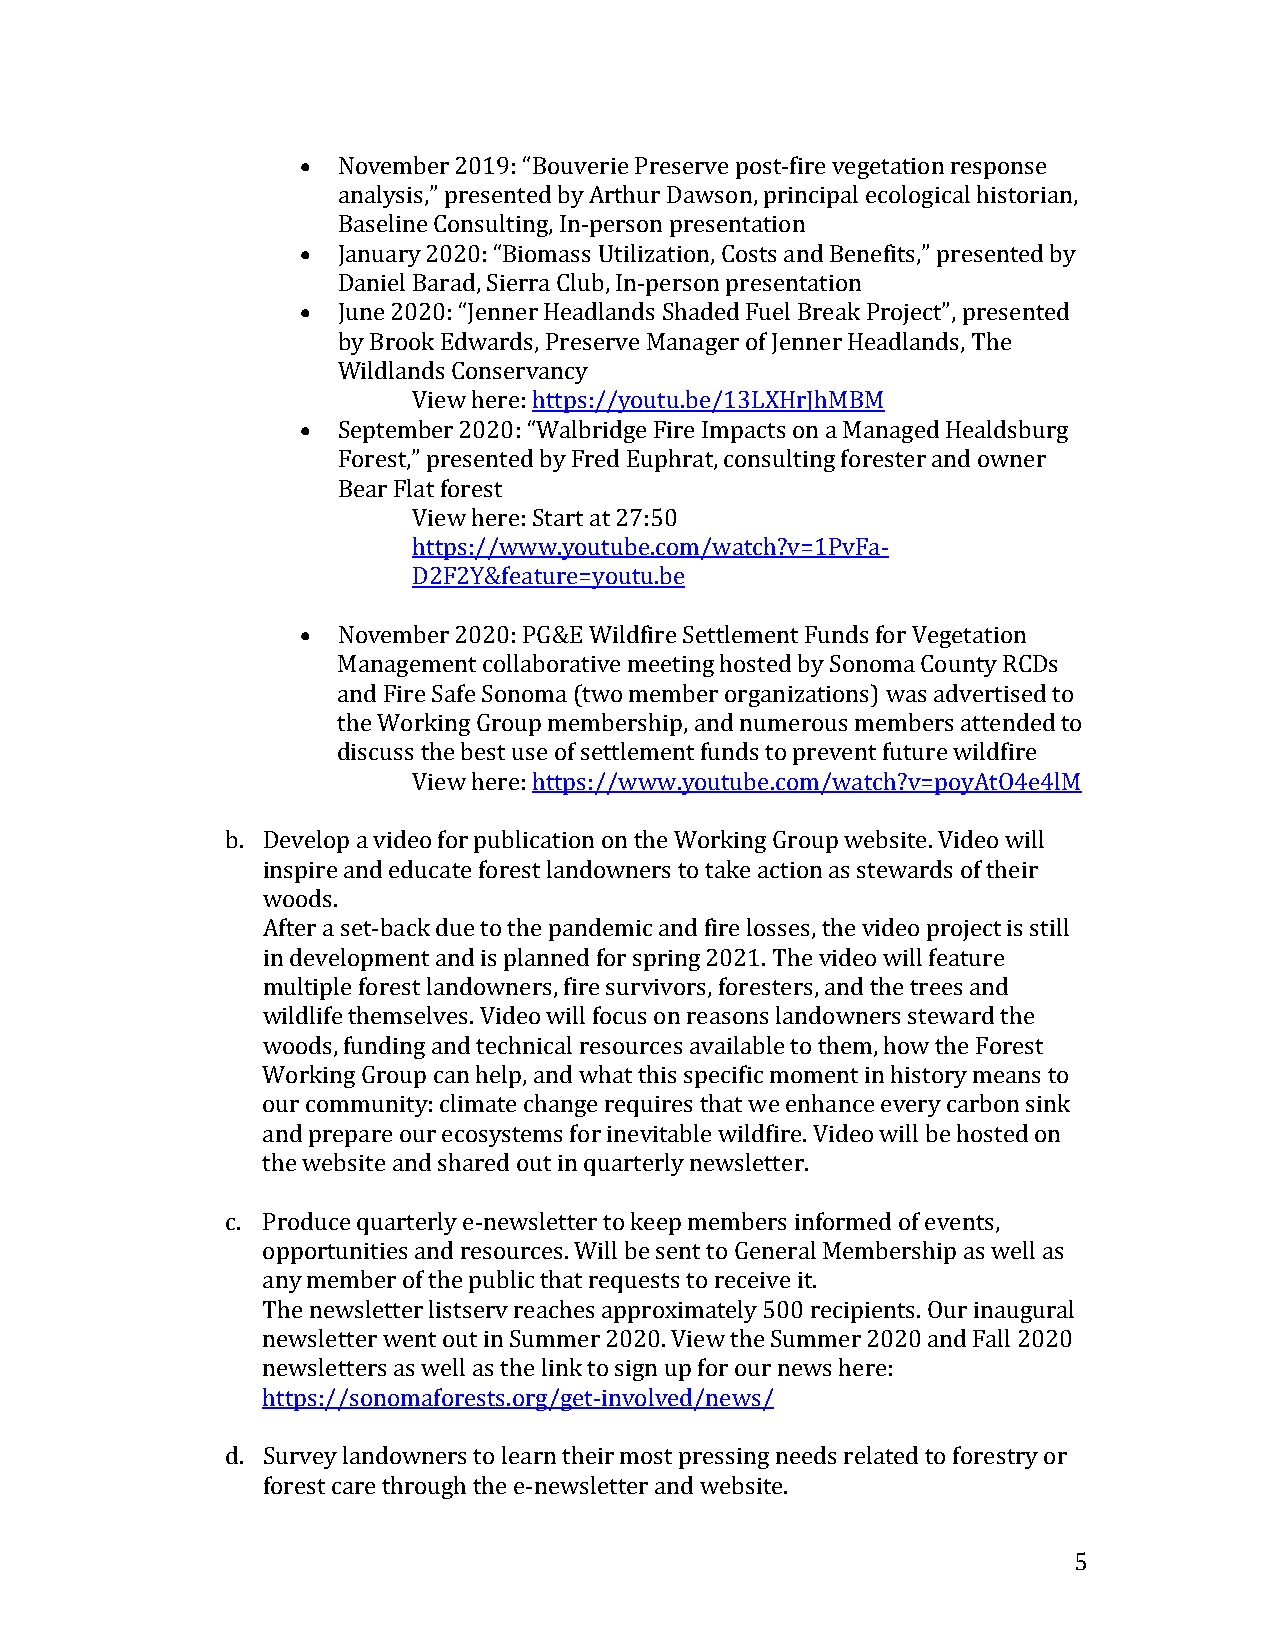
•
 November 2019: “Bouverie Preserve post-fire vegetation response
 • analysis,” presented by Arthur Dawson, principal ecological historian,
 Baseline Consulting, In-person presentation
 • January 2020: “Biomass Utilization, Costs and Benefits,” presented by
 Daniel Barad, Sierra Club, In-person presentation
 June 2020: “Jenner Headlands Shaded Fuel Break Project”, presented
 by Brook Edwards, Preserve Manager of Jenner Headlands, The
 • Wildlands Conservancy
 View here: https://youtu.be/13LXHrJhMBM
 September 2020: “Walbridge Fire Impacts on a Managed Healdsburg
 Forest,” presented by Fred Euphrat, consulting forester and owner
 Bear Flat forest
 View here: Start at 27:50
 https://www.youtube.com/watch?v=1PvFa-
 •      D2F2Y&feature=youtu.be
 November 2020: PG&E Wildfire Settlement Funds for Vegetation
 Management collaborative meeting hosted by Sonoma County RCDs
 and Fire Safe Sonoma (two member organizations) was advertised to
 the Working Group membership, and numerous members attended to
 discuss the best use of settlement funds to prevent future wildfire
 View here: https://www.youtube.com/watch?v=poyAtO4e4lM
 b. Develop a video for publication on the Working Group website. Video will
 inspire and educate forest landowners to take action as stewards of their
 woods.
 After a set-back due to the pandemic and fire losses, the video project is still
 in development and is planned for spring 2021. The video will feature
 multiple forest landowners, fire survivors, foresters, and the trees and
 wildlife themselves. Video will focus on reasons landowners steward the
 woods, funding and technical resources available to them, how the Forest
 Working Group can help, and what this specific moment in history means to
 our community: climate change requires that we enhance every carbon sink
 and prepare our ecosystems for inevitable wildfire. Video will be hosted on
 the website and shared out in quarterly newsletter.
 c. Produce quarterly e-newsletter to keep members informed of events,
 opportunities and resources. Will be sent to General Membership as well as
 any member of the public that requests to receive it.
 The newsletter listserv reaches approximately 500 recipients. Our inaugural
 newsletter went out in Summer 2020. View the Summer 2020 and Fall 2020
 newsletters as well as the link to sign up for our news here:
 https://sonomaforests.org/get-involved/news/
 d. Survey landowners to learn their most pressing needs related to forestry or
 forest care through the e-newsletter and website.
 5